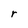
Character: r